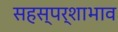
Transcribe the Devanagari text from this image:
सहस्पर्शाभाव